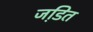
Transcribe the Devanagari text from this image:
जडि़त